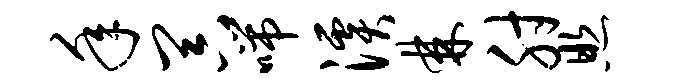
年器喘溪棘肘照